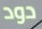
دود